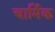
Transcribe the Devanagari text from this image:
चार्मिक